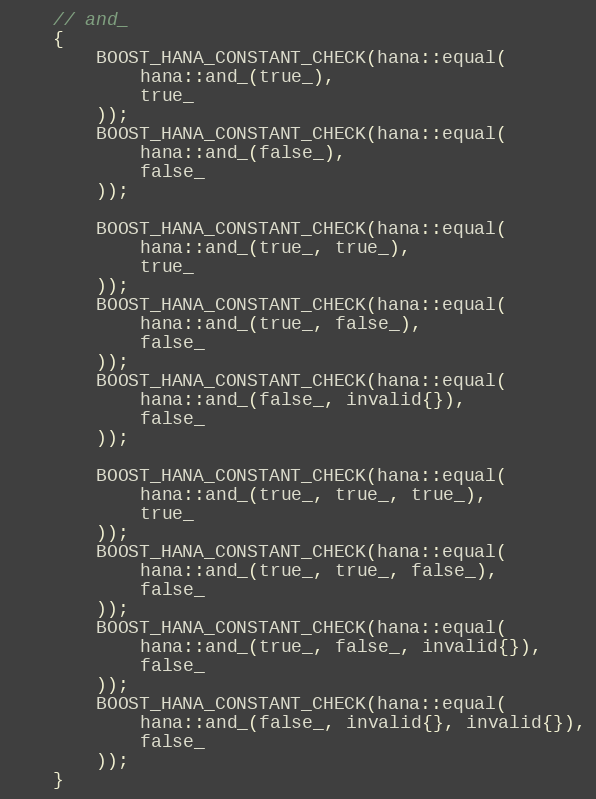
Language: C++
    // and_
    {
        BOOST_HANA_CONSTANT_CHECK(hana::equal(
            hana::and_(true_),
            true_
        ));
        BOOST_HANA_CONSTANT_CHECK(hana::equal(
            hana::and_(false_),
            false_
        ));

        BOOST_HANA_CONSTANT_CHECK(hana::equal(
            hana::and_(true_, true_),
            true_
        ));
        BOOST_HANA_CONSTANT_CHECK(hana::equal(
            hana::and_(true_, false_),
            false_
        ));
        BOOST_HANA_CONSTANT_CHECK(hana::equal(
            hana::and_(false_, invalid{}),
            false_
        ));

        BOOST_HANA_CONSTANT_CHECK(hana::equal(
            hana::and_(true_, true_, true_),
            true_
        ));
        BOOST_HANA_CONSTANT_CHECK(hana::equal(
            hana::and_(true_, true_, false_),
            false_
        ));
        BOOST_HANA_CONSTANT_CHECK(hana::equal(
            hana::and_(true_, false_, invalid{}),
            false_
        ));
        BOOST_HANA_CONSTANT_CHECK(hana::equal(
            hana::and_(false_, invalid{}, invalid{}),
            false_
        ));
    }